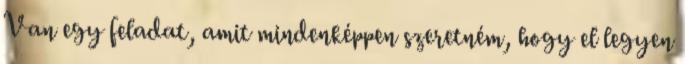
Van egy feladat, amit mindenképpen szeretném, hogy el legyen